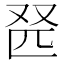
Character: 𫨹